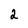
Character: 2